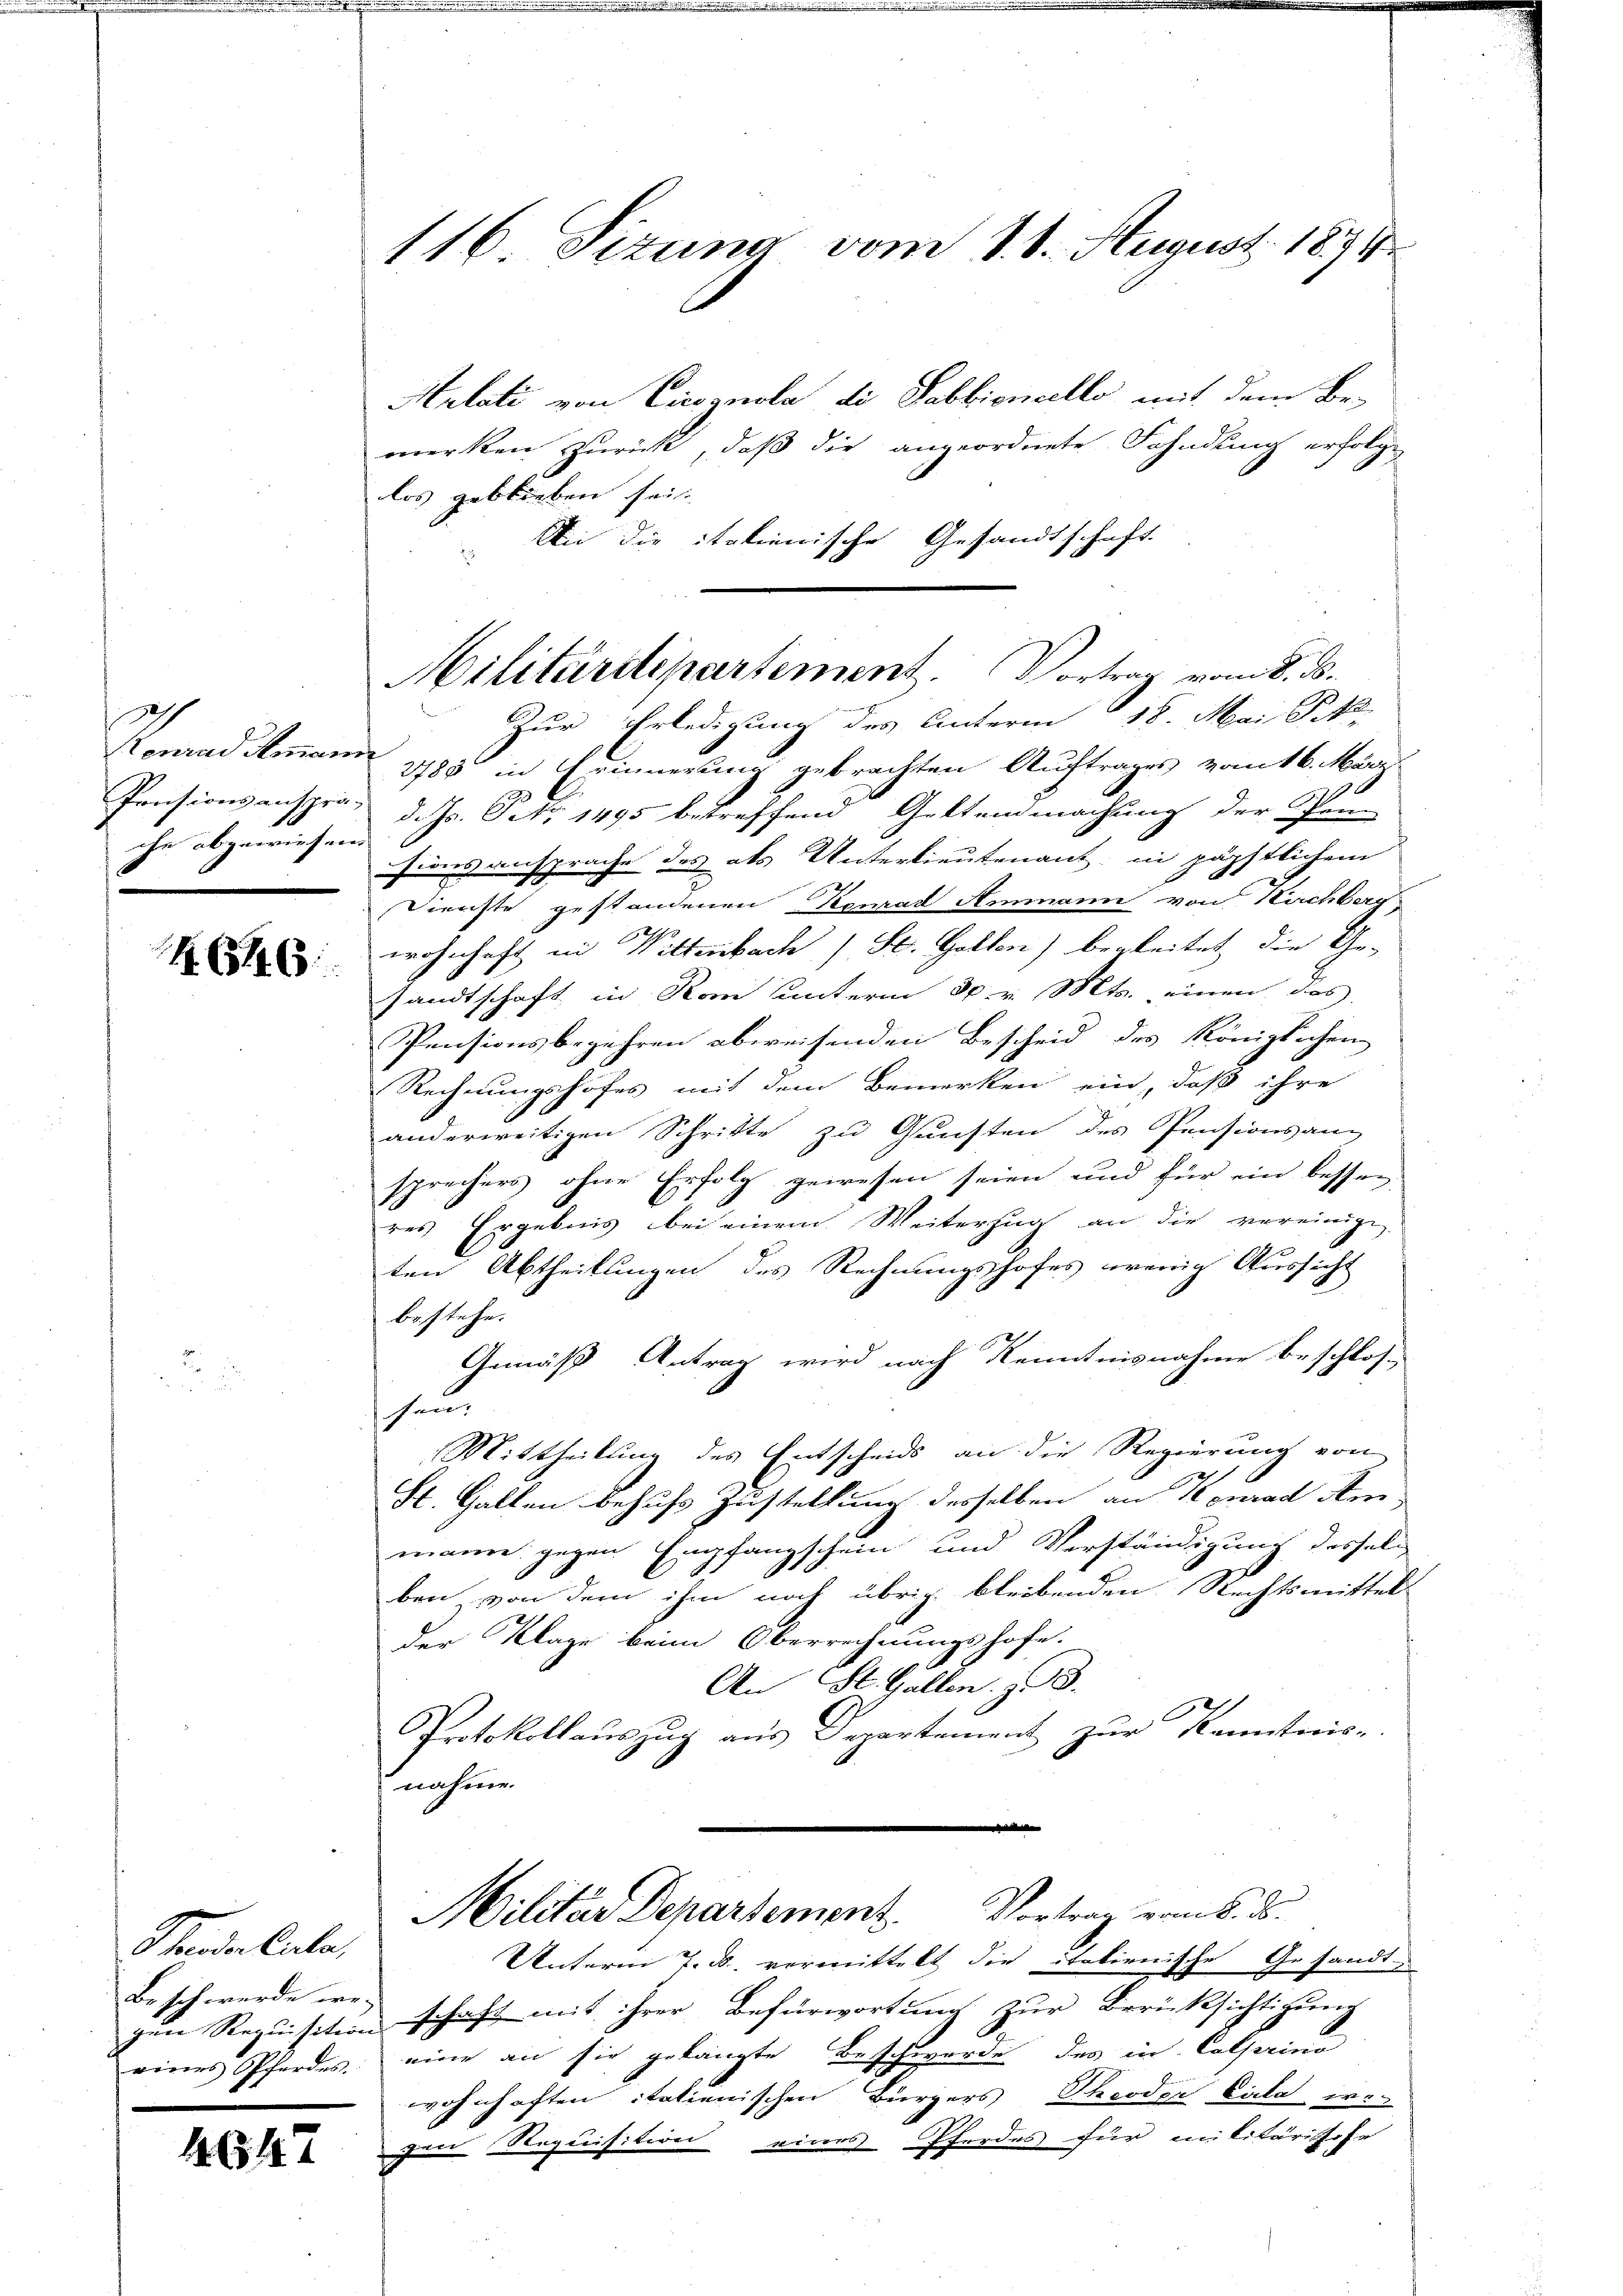
Grund deman
che abgewiesend
2

N. 651. 6

Standen Cata,
Beschwerde we-
reiers Pfordes,

1634

116. Sizung vom 18. August 1874

Autati von Cicognola di Sabbionello mit dem Be-
merken zurück, daß die angeordnete Sohndung erfolge
los geblieben sei. |
Ai die italienische Gesandtschaft
Zur Erledigung des Unterm 18. Mai Pet
2785 in Erinnerung gebrachten Auftrages vom 16. März.
Pensionsanspra, d. Js. Peto 1495 betreffend Geltendmachung der Pen-
sionsansprache des als Unterlieutenant, in päpstlichem
Dienste gestandenen Konrad Ammann von Kirchberg
Ich
wohnhaft in Wittenbach (St. Gallen) begleitet die Ge-
sandtschaft in Rom unterm 30. v. Mts. einen das
Pensionsbegehren abweisenden Bescheid des Königlichen
Rechnungshofes mit dem Bemerken ein, daß ihre
anderweitigen Schritte zu Gunsten des Pensionsang
sprechers ohne Erfolg gewesen seien und für ein bessen
res Ergebnis bei einem Weiterzug an die vereinige,
ten Abtheilungen des Rechnungshofes wenig Aussicht
bestehe.
Gemäß Antrag wird nach Kenntnisnahme beschlos-
sund
Mittheilung des Entscheids an die Regierung von
e
St. Gallen behufs Zustellung desselben an Konrad Am
mann gegen Empfangschein und Verständigung desselb
ben, von dem ihm noch übrig bleibenden Rechtsmittel
Der Klage beim Oberrechnungshofe.
An St. Gallen, z. B.
Protokollauszug aus Departement zur Kenntnis-
nahme.
d
Militar Departement. Vortrag vom 8. d.
Unterm 7. ds. vermittelt die italienische Gesandt
gen Requisition schaft mit ihrer Befürwortung zur Berücksichtigung
eine an sie gelangte Beschwerde des in Calserino
wohnhaften italienischen Bürgers Theoder Cala ir.
gen Requisition eines Pferdes für militärische

Militäritipartement. Vortrag vom 8. ds.
.